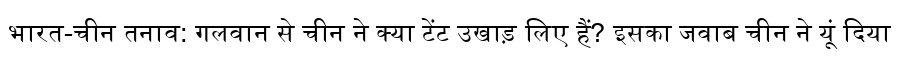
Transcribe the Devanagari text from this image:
भारत-चीन तनाव: गलवान से चीन ने क्या टेंट उखाड़ लिए हैं? इसका जवाब चीन ने यूं दिया